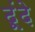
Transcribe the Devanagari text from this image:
ढूंढ़े